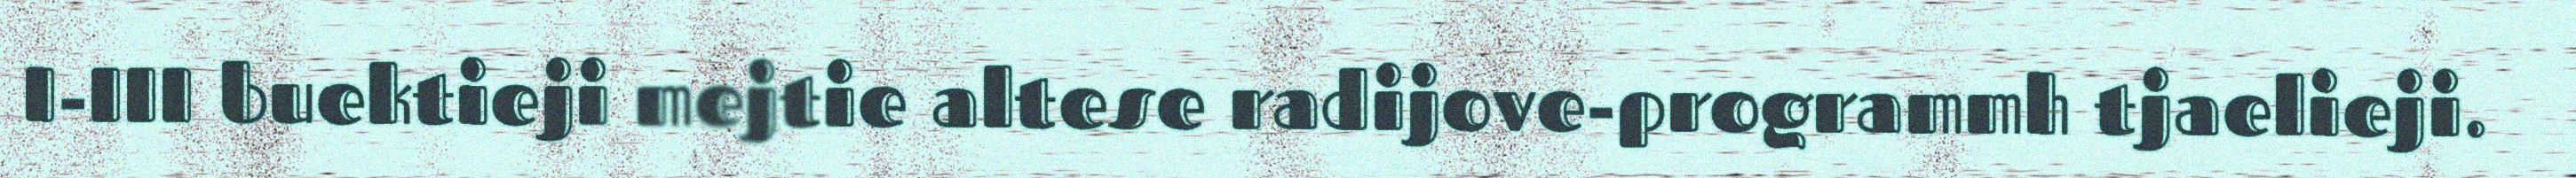
I-III buektieji mejtie altese radijove-programmh tjaelieji.